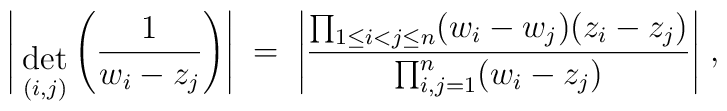
\Bigg| { \; \atop { \mbox{det} \atop {\scriptstyle (i,j)} } }\Bigg(\frac{1}{w_i - z_j} \Bigg) \Bigg| \; = \;\Bigg|\frac{\prod_{1 \leq i < j \leq n} (w_i - w_j )( z_i - z_j ) }{\prod_{i,j = 1}^n ( w_i - z_j ) } \Bigg| \; ,